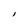
Character: I